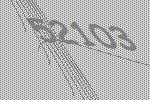
52103